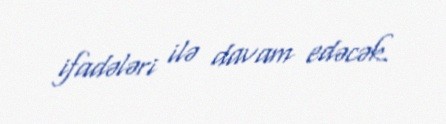
ifadələri ilə davam edəcək.